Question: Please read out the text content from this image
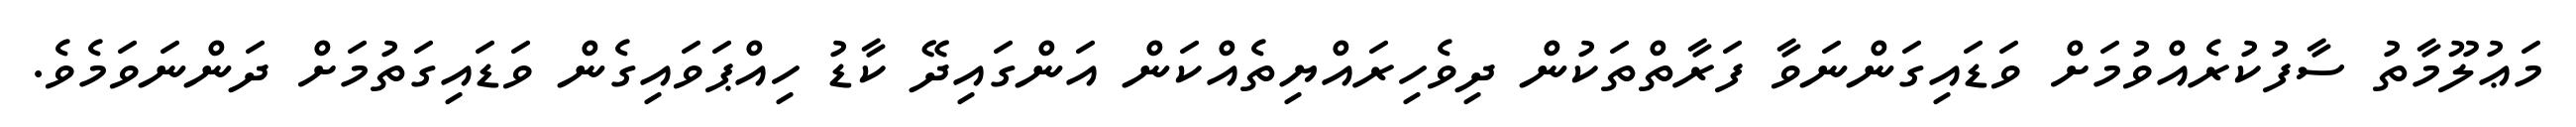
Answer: މަޢުލޫމާތު ސާފުކުރެއްވުމަށް ވަޑައިގަންނަވާ ފަރާތްތަކުން ދިވެހިރައްޔިތެއްކަން އަންގައިދޭ ކާޑު ހިއްޕަވައިގެން ވަޑައިގަތުމަށް ދަންނަވަމެވެ.